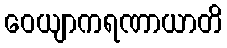
ဝေယျာကရဏာယာတိ